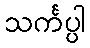
သင်္ကပ္ပါ